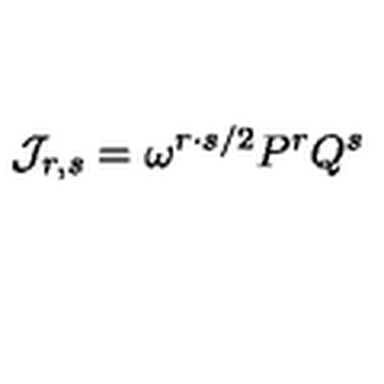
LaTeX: { \cal J } _ { r , s } = \omega ^ { r \cdot s / 2 } P ^ { r } Q ^ { s }